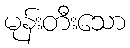
မုန်းတီးသော